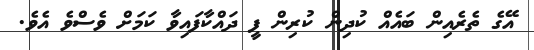
އޭގެ ތެރެއިން ބައެއް ކުދިން ކުރިން ފީ ދައްކާފައިވާ ކަމަށް ވެސްވެ އެވެ.